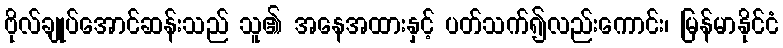
ဗိုလ်ချုပ်အောင်ဆန်းသည် သူ၏ အနေအထားနှင့် ပတ်သက်၍လည်းကောင်း၊ မြန်မာနိုင်ငံ